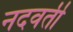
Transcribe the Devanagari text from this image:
नदवर्ती